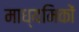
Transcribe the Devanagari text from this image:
माध्यमिकों